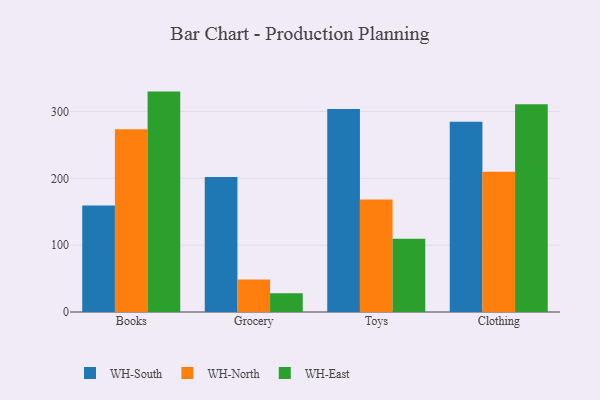
{"axis": {"x": "Category", "y": "Backlog"}, "legend": ["WH-East", "WH-North", "WH-South"], "data": [{"x": "Books", "y": 159.3, "type": "WH-South"}, {"x": "Books", "y": 273.5, "type": "WH-North"}, {"x": "Books", "y": 329.7, "type": "WH-East"}, {"x": "Grocery", "y": 201.9, "type": "WH-South"}, {"x": "Grocery", "y": 48.6, "type": "WH-North"}, {"x": "Grocery", "y": 28.2, "type": "WH-East"}, {"x": "Toys", "y": 303.7, "type": "WH-South"}, {"x": "Toys", "y": 168.3, "type": "WH-North"}, {"x": "Toys", "y": 109.4, "type": "WH-East"}, {"x": "Clothing", "y": 284.7, "type": "WH-South"}, {"x": "Clothing", "y": 209.8, "type": "WH-North"}, {"x": "Clothing", "y": 310.9, "type": "WH-East"}]}